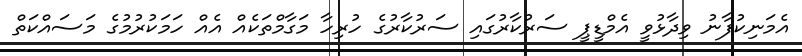
އެމަނިކުފާނު ވިދާޅުވީ އެމްޑީޕީ ސަރުކާރުގައި ސަރުކާރުގެ ހުރިހާ މަގާމްތަކެއް އެއް ހަމަކުރުމުގެ މަސައްކަތް